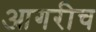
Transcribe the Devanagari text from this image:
आगरीच